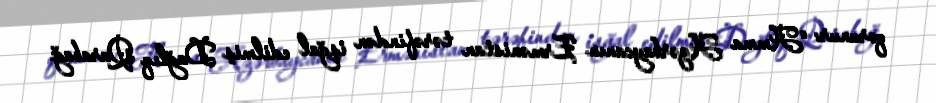
qorunur: “Amma Azərbaycanın Ermənistan tərəfindən işğal edilmiş Dağlıq Qarabağ